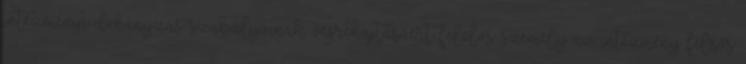
intézményi dohányzás szabályainak végrehajtásáért felelős személy az intézmény felsős